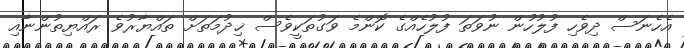
އެހެނަސް ދިވެހި ފުލުހުން ނުވަތަ ފުލުހެއްގެ ކޮންމެ ވަގުތަކީވެސް ޚިދުމަތަށް ތައްޔާރުވެ ރައްޔިތުންނާއި